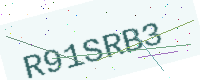
Text: R91SRB3